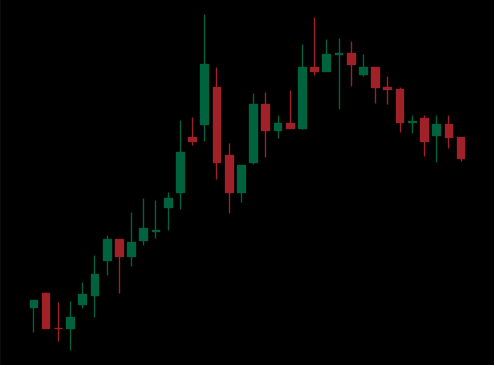
Pattern: bear_flag